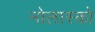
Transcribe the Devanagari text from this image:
नोलास्को